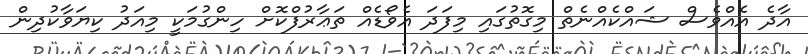
އާދެ އެއްވެސް ޝައްކެއްނެތް މިގޮތުގައި މިފަދަ އެވޯޑެއް ތަޢާރުފްކޮށް ހިންގުމަކީ މިއަދު ކިޔަވާކުދިން